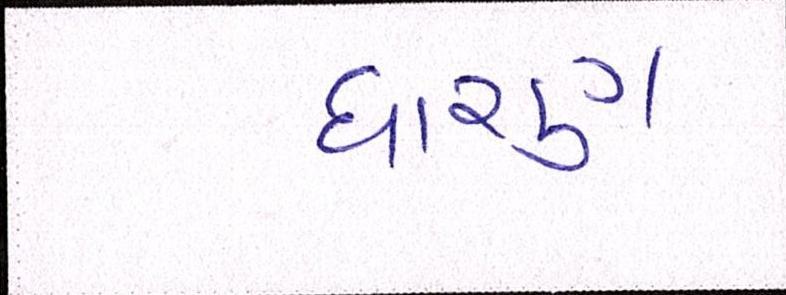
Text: ધારણ